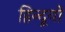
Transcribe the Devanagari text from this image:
हिन्दूयों